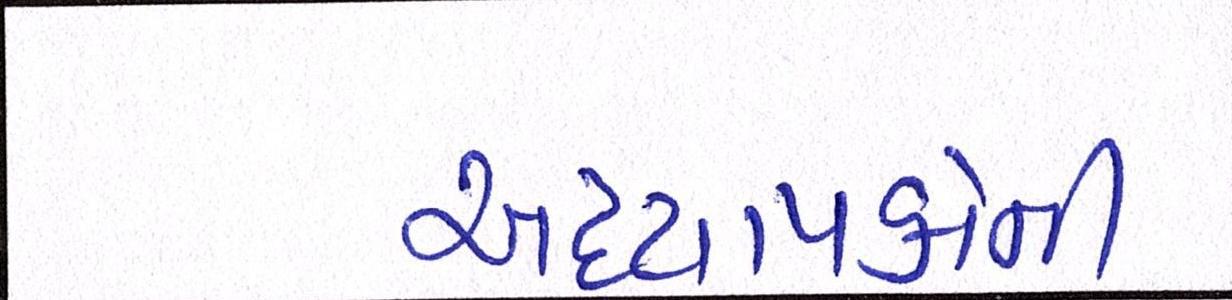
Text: અધ્યાપકોની